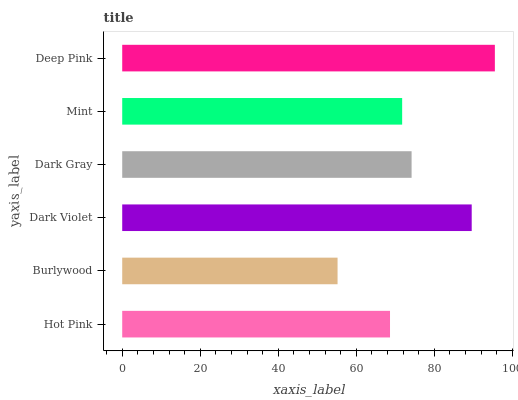
| yaxis_label | bars |
 | --- | --- |
 | Hot Pink | 68.6 |
 | Burlywood | 55.2 |
 | Dark Violet | 89.6 |
 | Dark Gray | 74.2 |
 | Mint | 71.8 |
 | Deep Pink | 95.5 |